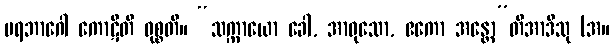
ပရဘာဂေါ ကောဋီတိ ဝုစ္စတိ။ “သက္ကာယော ခေါ, အာဝုသော, ဧကော အန္တော”တိအာဒီသု (အ။